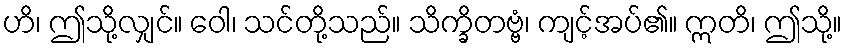
ဟိ၊ ဤသို့လျှင်။ ဝေါ၊ သင်တို့သည်။ သိက္ခိတဗ္ဗံ၊ ကျင့်အပ်၏။ ဣတိ၊ ဤသို့။